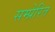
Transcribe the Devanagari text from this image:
सम्प्रेरित